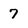
Character: 7